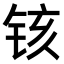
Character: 𫟺